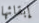
إبقائها